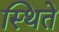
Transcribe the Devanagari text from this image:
स्थिते